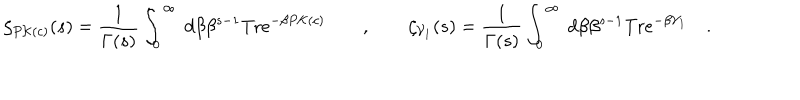
LaTeX: \zeta _ { P { \cal K } ( c ) } ( s ) = \frac { 1 } { \Gamma ( s ) } \int _ { 0 } ^ { \infty } \ d \beta \beta ^ { s - 1 } \mathrm { T r } e ^ { - \beta P { \cal K } ( c ) } \qquad , \qquad \zeta _ { { \cal V } _ { 1 } } ( s ) = \frac { 1 } { \Gamma ( s ) } \int _ { 0 } ^ { \infty } \ d \beta \beta ^ { s - 1 } \mathrm { T r } e ^ { - \beta { \cal V } _ { 1 } } \quad .